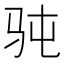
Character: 𮹄